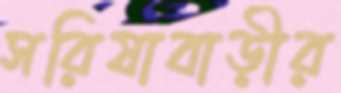
সরিষাবাড়ীর